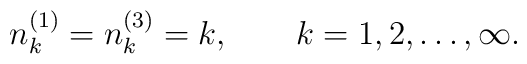
n^{(1)}_k=n^{(3)}_k=k,\qquad k=1,2,\ldots,\infty.